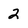
Character: 2